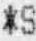
*S